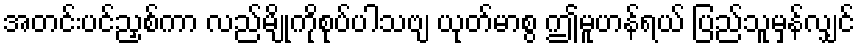
အတင်းပင်ညှစ်ကာ လည်မျိုကိုစုပ်ပါသဗျ ယုတ်မာစွ ဤမူဟန်ရယ် ပြည်သူမှန်လျှင်